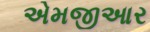
એમજીઆર